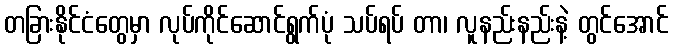
တခြားနိုင်ငံတွေမှာ လုပ်ကိုင်ဆောင်ရွက်ပုံ သပ်ရပ် တာ၊ လူနည်းနည်းနဲ့ တွင်အောင်